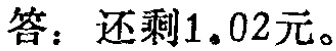
答：还剩\(1.02\)元。